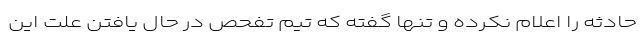
حادثه را اعلام نکرده و تنها گفته که تیم تفحص در حال یافتن علت این